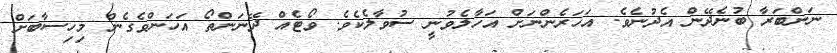
ނަންބަރާ ބުނެދޭން އެދުނެވެ. އަހަރެންނަށް އަހާލެވުނީ ސުވާލެކެވެ. ވޯޓެއް ދޭނަންތޯ އަހަންވެގެން މިހިސާބަށް